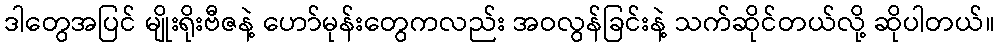
ဒါတွေအပြင် မျိုးရိုးဗီဇနဲ့ ဟော်မုန်းတွေကလည်း အဝလွန်ခြင်းနဲ့ သက်ဆိုင်တယ်လို့ ဆိုပါတယ်။